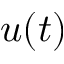
u ( t )